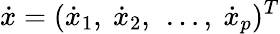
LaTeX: \dot{x}=(\dot{x}_{1},\ \dot{x}_{2},\ \ldots,\ \dot{x}_{p})^{T}